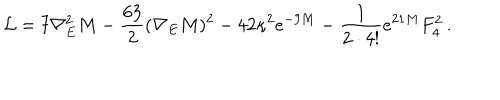
LaTeX: \mathcal { L } = 7 \nabla _ { E } ^ { 2 } M - \frac { 6 3 } { 2 } ( \nabla _ { E } M ) ^ { 2 } - 4 2 \kappa ^ { 2 } e ^ { - 9 M } - \frac { 1 } { 2 \cdot 4 ! } e ^ { 2 1 M } F _ { 4 } ^ { 2 } \, .